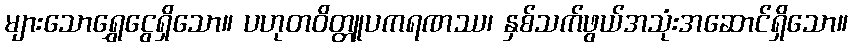
များသောရွှေငွေရှိသော။ ပဟုတဝိတ္တူပကရဏဿ၊ နှစ်သက်ဖွယ်အသုံးအဆောင်ရှိသော။